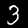
Digit: 3